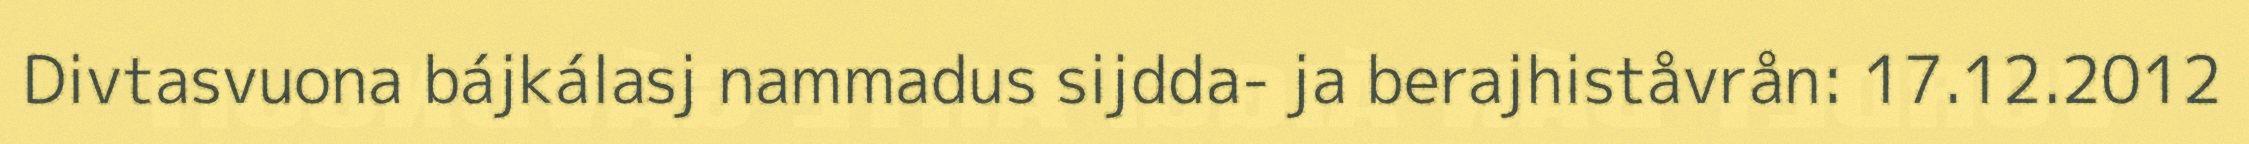
Divtasvuona bájkálasj nammadus sijdda- ja berajhiståvrån: 17.12.2012